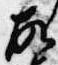
故